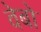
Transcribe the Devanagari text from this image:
वेबो